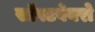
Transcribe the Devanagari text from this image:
सॉफ्टवेयरो